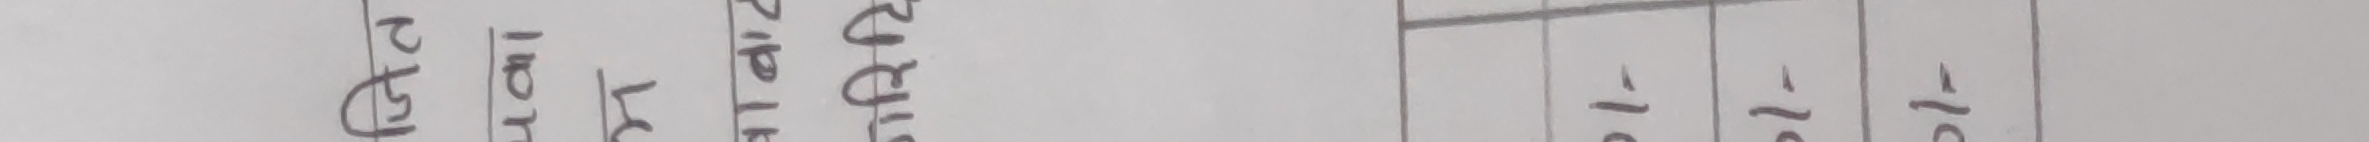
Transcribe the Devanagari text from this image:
रु १.०४
विवाद
वृद्धि
सम्पन्न
समय
-१०
-१०
-१०